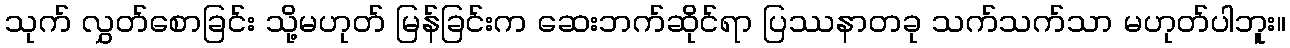
သုက် လွှတ်စောခြင်း သို့မဟုတ် မြန်ခြင်းက ဆေးဘက်ဆိုင်ရာ ပြဿနာတခု သက်သက်သာ မဟုတ်ပါဘူး။